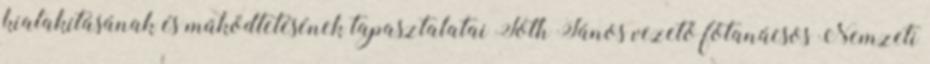
kialakításának és működtetésének tapasztalatai Tóth János vezető főtanácsos Nemzeti